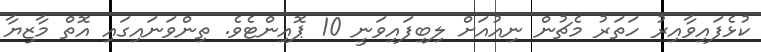
ކުޅެފައިވާއިރު ހަތަރު މެޗުން ނިއުއަށް ލިބިފައިވަނީ 10 ޕޮއިންޓެވެ. ތިންވަަނައިގައި އޮތް މާޒިޔާ